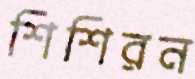
শিশিরন